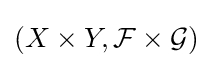
(X\times Y,{\mathcal {F}}\times {\mathcal {G}})